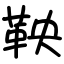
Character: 鞅